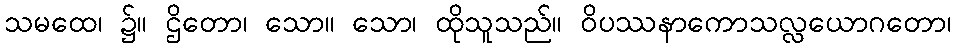
သမထေ၊ ၌။ ဌိတော၊ သော။ သော၊ ထိုသူသည်။ ဝိပဿနာကောသလ္လယောဂတော၊